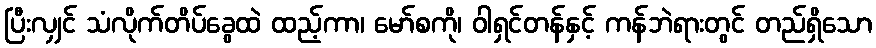
ပြီးလျှင် သံလိုက်တိပ်ခွေထဲ ထည့်ကာ၊ မော်စကို၊ ဝါရှင်တန်နှင့် ကန်ဘဲရားတွင် တည်ရှိသော